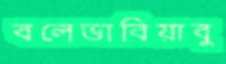
বলেভাবিয়াবু